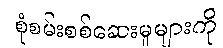
စုံစမ်းစစ်ဆေးမှုများကို